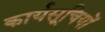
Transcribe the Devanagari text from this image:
कार्यसूचियों